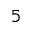
5